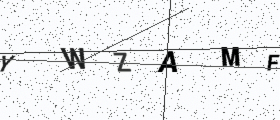
Text: YWZAMF